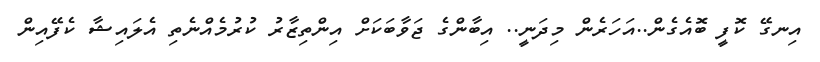
އިނގޭ ކޮފީ ބޮއެގެން..އަހަރެން މިދަނީ.. އިބާންގެ ޖަވާބަކަށް އިންތިޒާރު ކުރުމެއްނެތި އެލައިޝާ ކެފޭއިން